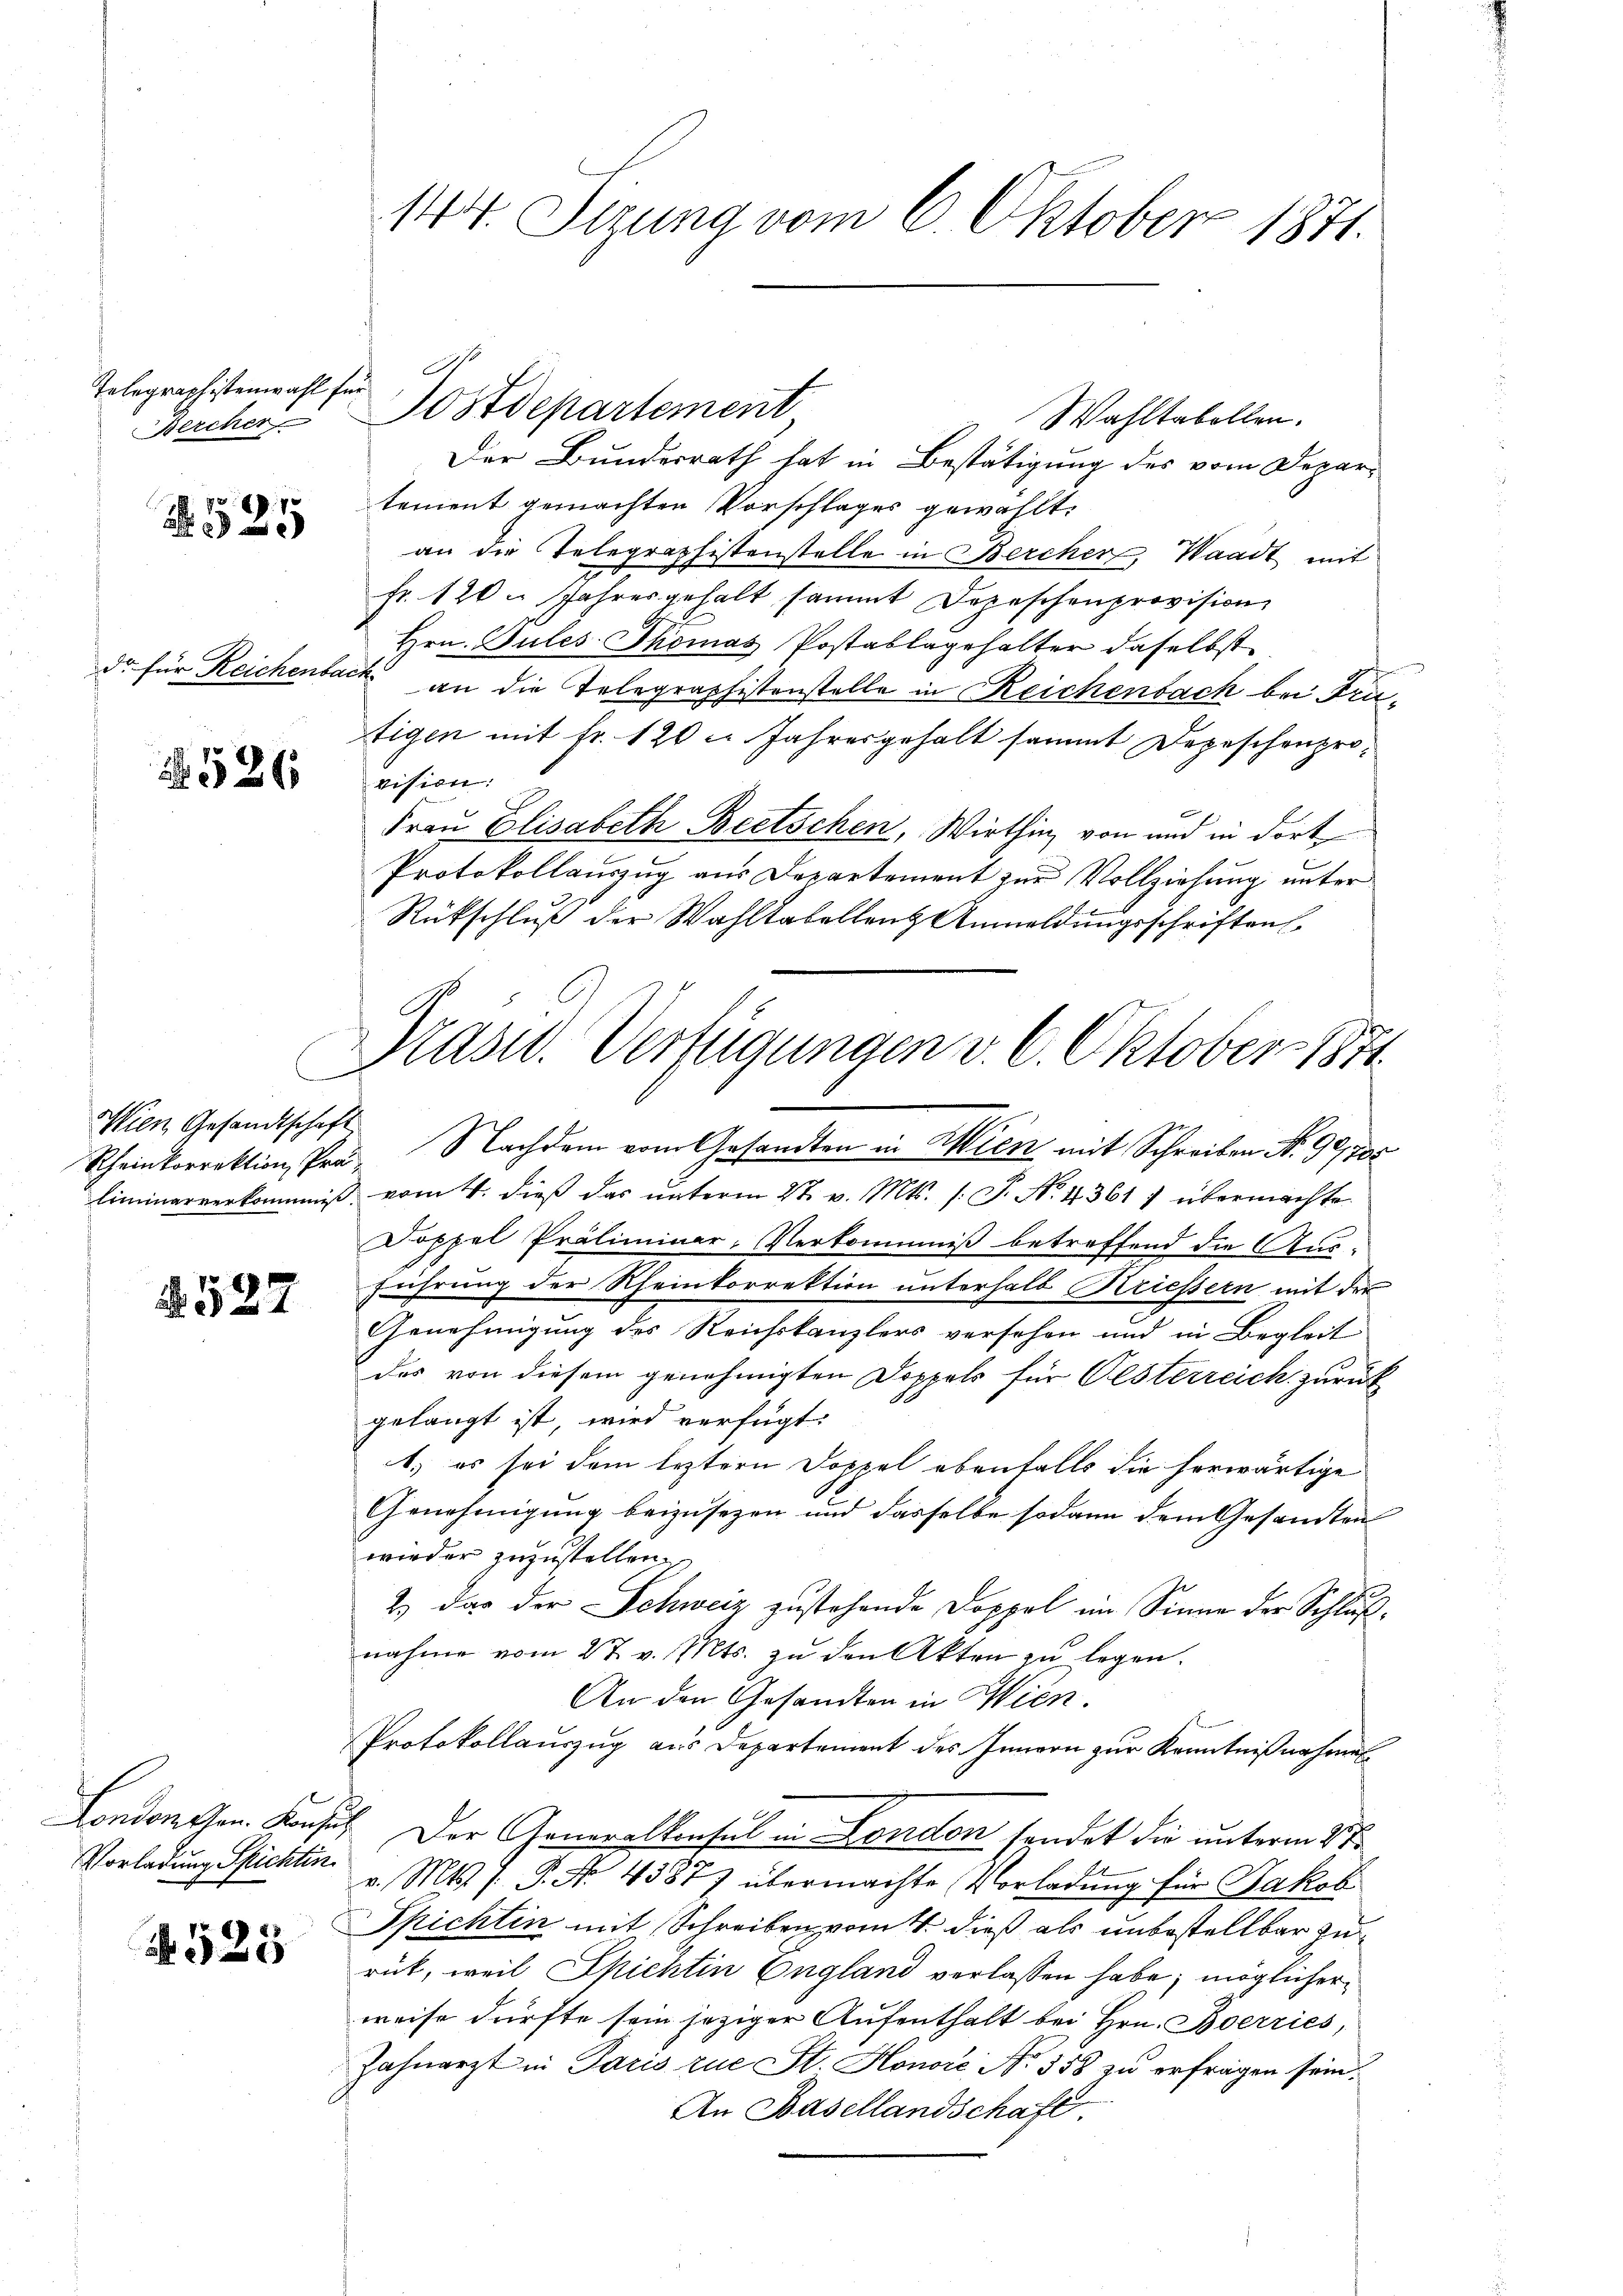
Telegraphistenwahl für
Bercher

525

ds für Reichenbach.

536

Wien Gesandtschaft

§. 527

Vorladung Spichten.

N.525

144. Sizung vom 6. Oktober 1871.

Wahltabellen.
Der Bundesrath hat in Bestätigung des vom Departement gemachten Vorschlages gewählt.
an die Telegraphistenstelle in Bercher, Waadt mit
fr. 120. Jahresgehalt sammt Depeschenprovision
Hrn. Gules Thomas Postablagehalter daselbst
an die Telegraphistenstelle in Reichenbach bei Prütigen mit fr. 120 l. Jahresgehalt sammt Depeschenprovision:
Frau Elisabeth Beetschen, Wirthin von und in dort
Protokollauszug aus Departement zur Vollziehung unter
Rückschluß der Wahltabellenz Anmeldungsschriften
Scheinkorrektion, Pre Nachdem vom Gesandten in Wien mit Schreiben N. 99, 700
liminarverkommiss. vom 4. dieß das unterm 27. v. Mts. s. S. N. 4361) übermachte
Doppel Präliminar-Verkommniß betreffend die Aus-
führung der Rheinkorrektion unterhalb Kriessern mit der
Genehmigung des Reichskanzlers versehen und in Begleit
das von diesem genehmigten Doppels für Oesterreich zurück
gelangt ist, wird verfügt:
1.) es sei dem leztern Doppel ebenfalls die herwärtige
Genehmigung beizusezen und dasselbe sodann dem Gesandten
wieder zuzustellen.
2.) Das der Schweiz zustehende Doppel im Sinne der Schlußnahme vom 27. v. Mts. zŭ den Akten zŭ legen.
An den Gesandten in Wien.
Protokollauszug aus Departement des Innern zur Kenntnißnahme
Londonessen. Konsul Der Generalkonsul in London sendet die unterm 11ten
v. Mts. /: P. No 43877 übermachte (Vorladung für Jakob
Spichtin mit Schreiben vom 4. dieß als unbestellbar zu
rück, weil Spichtin England verlassen habe, möglicher
weise dürfte sein jeziger Aufenthalt bei Hrn. Boerries,
Zahnarzt in Paris zue St. Honore No. 558 zu erfragen sein.
An Basellandschaft.

.
 Postdepartement

Präsid. Verfügungen v. 6. Oktober 1871